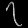
Digit: ၇